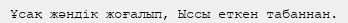
Ұсақ жәндік жоғалып, Ыссы еткен табаннан.